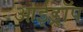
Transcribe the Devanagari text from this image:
आईड्रॉप